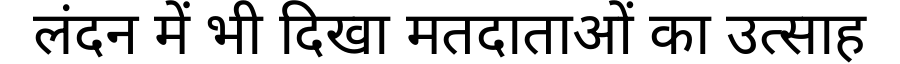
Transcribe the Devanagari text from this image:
लंदन में भी दिखा मतदाताओं का उत्साह